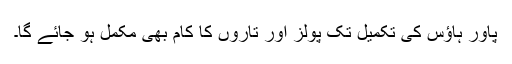
پاور ہاؤس کی تکمیل تک پولز اور تاروں کا کام بھی مکمل ہو جائے گا۔